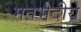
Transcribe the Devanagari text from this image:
मतभेदीये